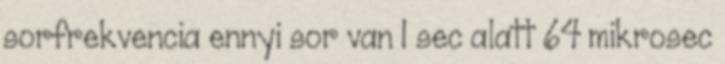
sorfrekvencia ennyi sor van 1 sec alatt 64 mikrosec